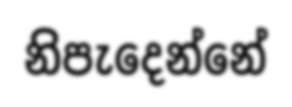
නිපැදෙන්නේ